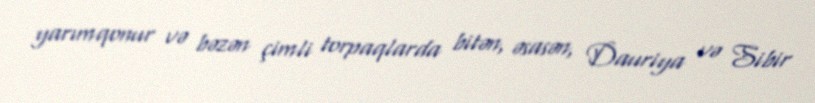
yarımqonur və bəzən çimli torpaqlarda bitən, əsasən, Dauriya və Sibir